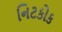
નિટકોક